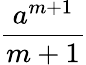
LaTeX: \frac{a^{m+1}}{m+1}